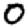
Digit: 0